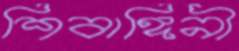
শিবাঙ্গিনী